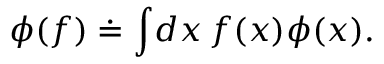
\phi ( f ) \doteq \int \! d x \, f ( x ) \phi ( x ) .